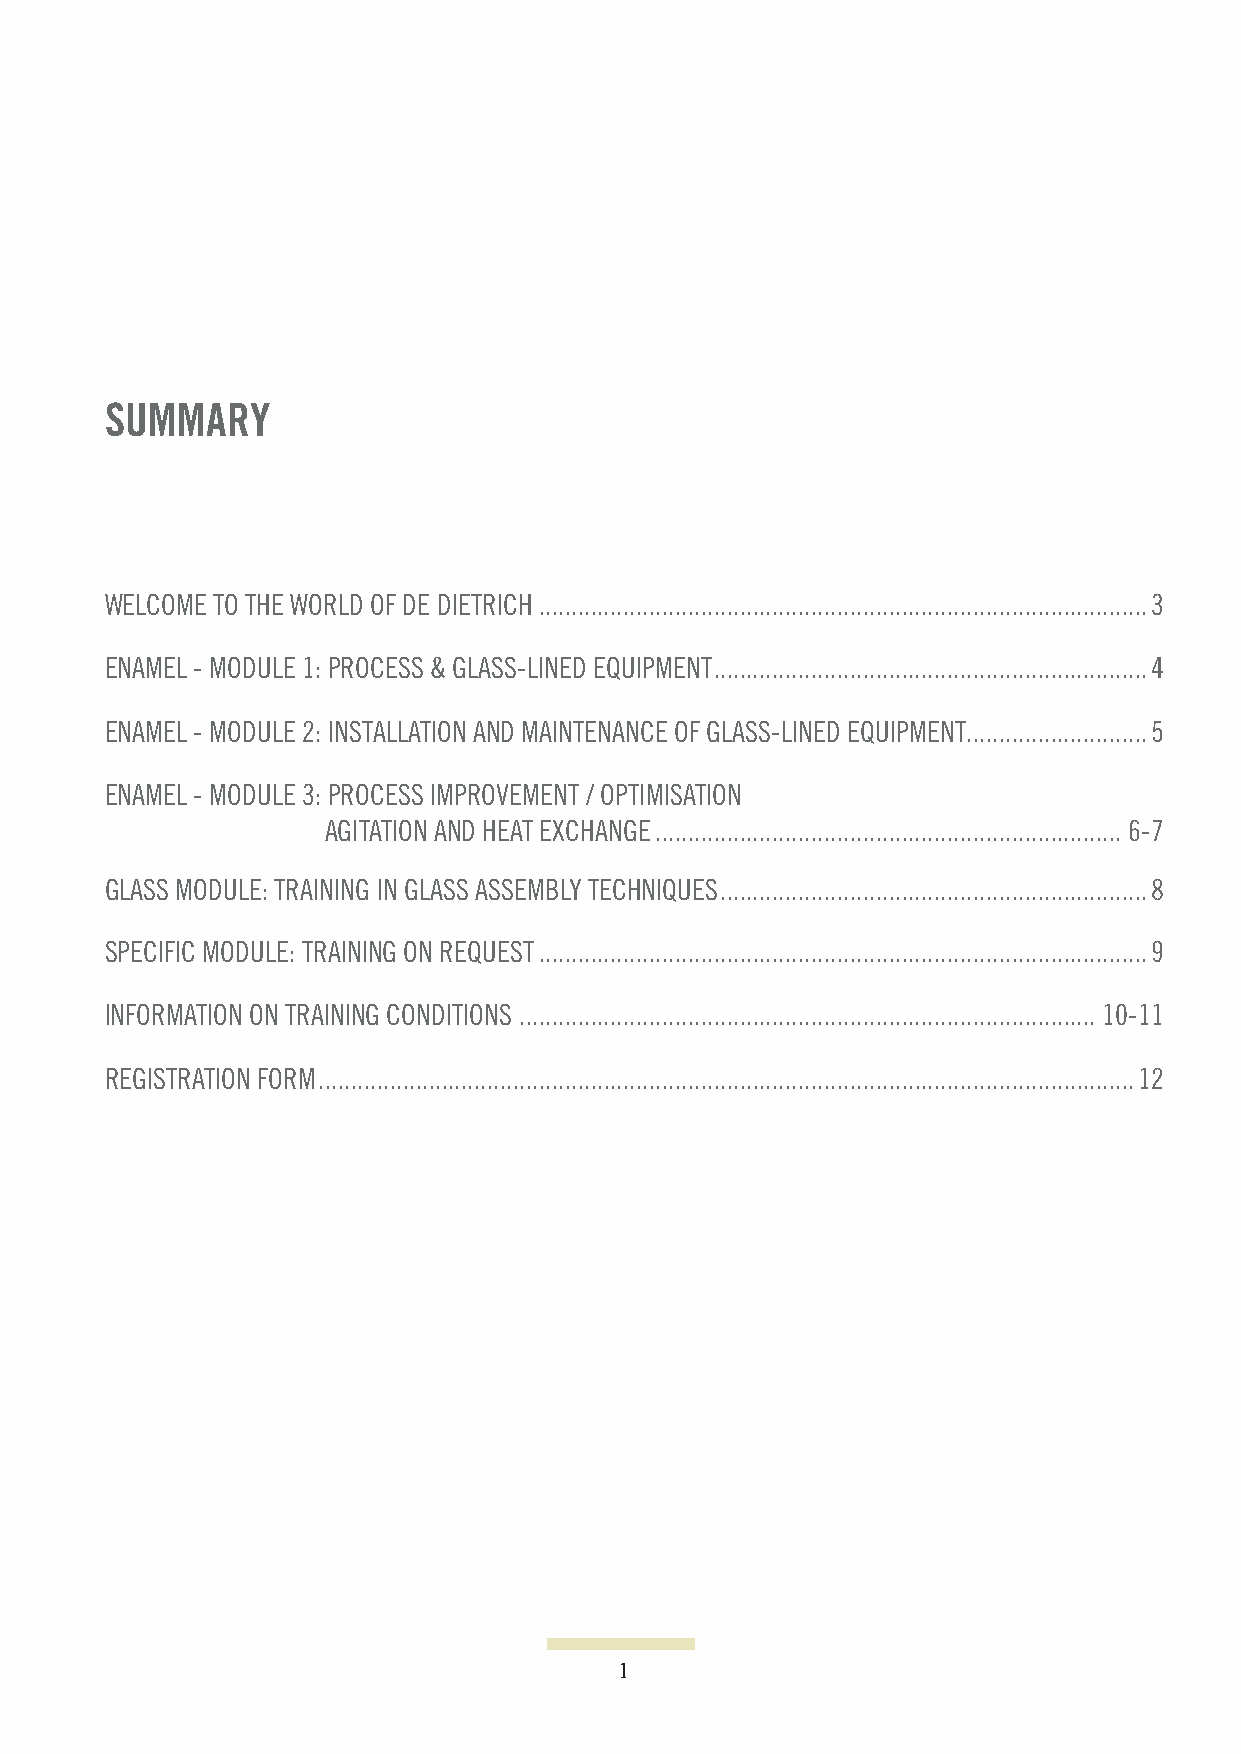
SUMMARY
 WELCOME TO THE WORLD OF DE DIETRICH ..............................................................................................3
 ENAMEL - MODULE 1: PROCESS & GLASS-LINED EQUIPMENT ...................................................................4
 ENAMEL - MODULE 2: INSTALLATION AND MAINTENANCE OF GLASS-LINED EQUIPMENT............................5
 ENAMEL - MODULE 3: PROCESS IMPROVEMENT / OPTIMISATION
 AGITATION AND HEAT EXCHANGE ........................................................................6-7
 GLASS MODULE: TRAINING IN GLASS ASSEMBLY TECHNIQUES ..................................................................8
 SPECIFIC MODULE: TRAINING ON REQUEST ..............................................................................................9
 INFORMATION ON TRAINING CONDITIONS .........................................................................................10-11
 REGISTRATION FORM ..............................................................................................................................12
 1